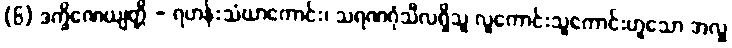
(၆) ဒက္ခိဏေယျတ္တိ - ရဟန်းသံဃာကောင်း၊ သရဏဂုံသီလရှိသူ လူကောင်းသူကောင်းဟူသော အလှူ